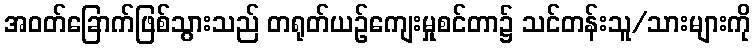
အဝတ်ခြောက်ဖြစ်သွားသည် တရုတ်ယဉ်ကျေးမှုစင်တာ၌ သင်တန်းသူ/သားများကို